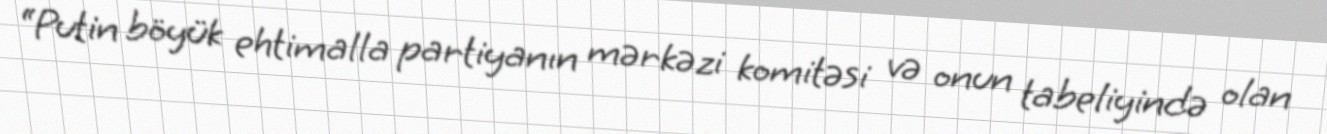
“Putin böyük ehtimalla partiyanın mərkəzi komitəsi və onun tabeliyində olan